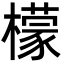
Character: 檬